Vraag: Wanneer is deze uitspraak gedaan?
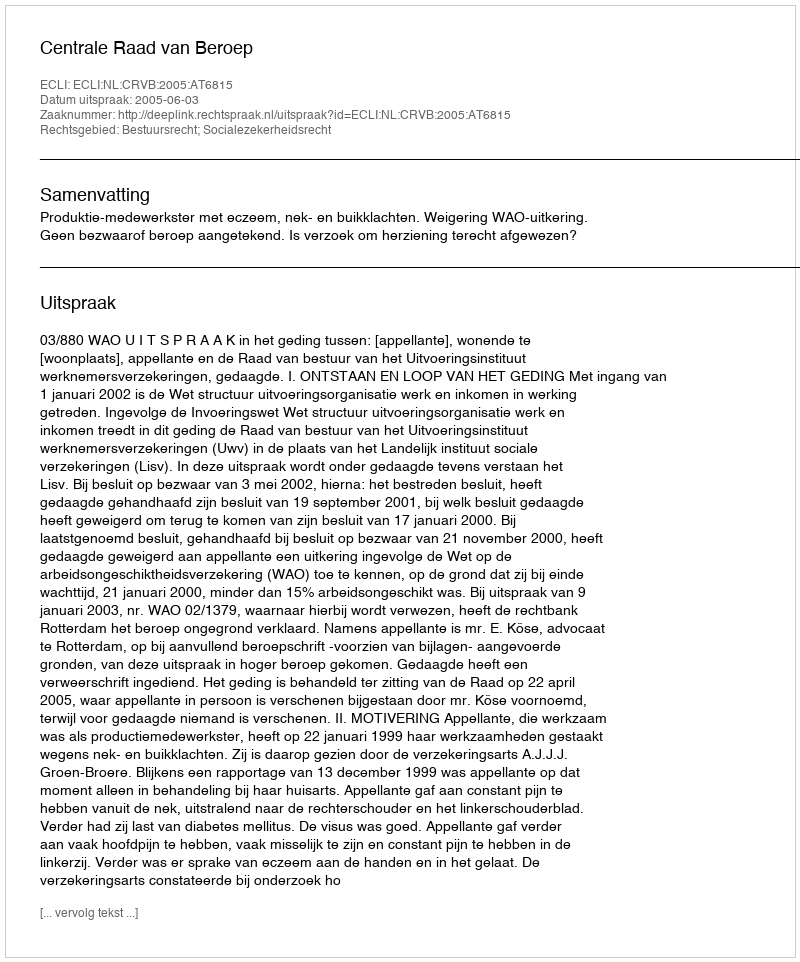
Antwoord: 2005-06-03